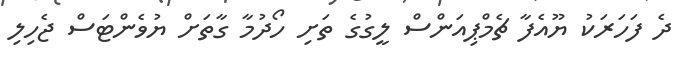
ދެ ފަހަރަކު ޔޫއެފާ ޗެމްޕިއަންސް ލީގުގެ ތަށި ހޯދުމާ ގާތަށް ޔުވެންޓަސް ޖެހިލި